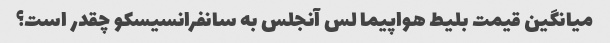
میانگین قیمت بلیط هواپیما لس آنجلس به سانفرانسیسکو چقدر است؟